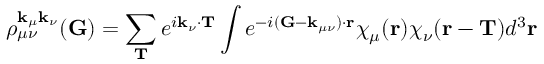
\rho _ { \mu \nu } ^ { \mathbf { k } _ { \mu } \mathbf { k } _ { \nu } } ( \mathbf { G } ) = \sum _ { \mathbf { T } } e ^ { i \mathbf { k } _ { \nu } \cdot \mathbf { T } } \int e ^ { - i ( \mathbf { G } - \mathbf { k } _ { \mu \nu } ) \cdot \mathbf { r } } \chi _ { \mu } ( \mathbf { r } ) \chi _ { \nu } ( \mathbf { r } - \mathbf { T } ) d ^ { 3 } \mathbf { r }